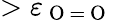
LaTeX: >\varepsilon_{\mathrm{~O~}=\mathrm{~O~}}